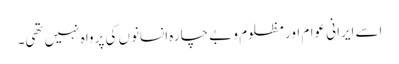
اسے ایرانی عوام اور مظلوم و بے چارہ انسانوں کی پرواہ نہیں تھی۔